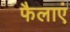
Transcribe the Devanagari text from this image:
फैलाएं